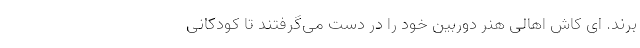
‌برند. ای کاش اهالی هنر دوربین خود را در دست می‌گرفتند تا کودکانی